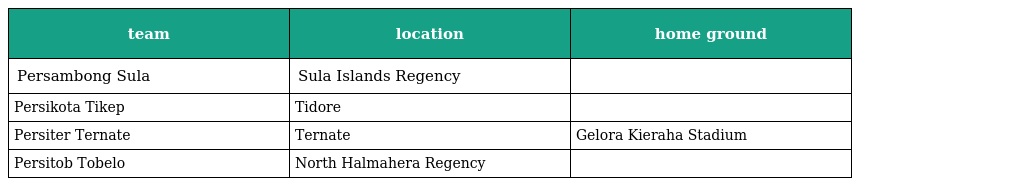
| team | location | home ground |
 | --- | --- | --- |
 | Persambong Sula | Sula Islands Regency |  |
 | Persikota Tikep | Tidore |  |
 | Persiter Ternate | Ternate | Gelora Kieraha Stadium |
 | Persitob Tobelo | North Halmahera Regency |  |